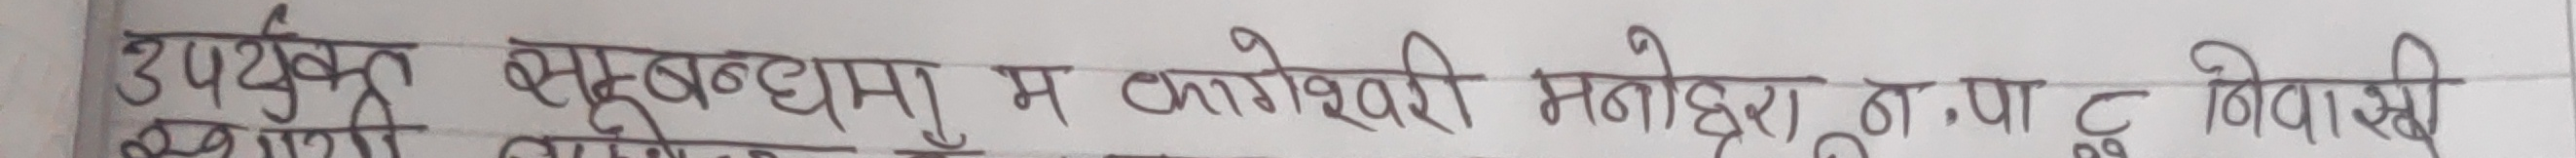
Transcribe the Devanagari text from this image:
उपयुक्त समूहबंधुमा म. कामेश्वरी मनोहरा , न.पा. ८ निवासि